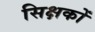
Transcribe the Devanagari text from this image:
सिक्षकों